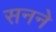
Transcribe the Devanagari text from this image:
सनने